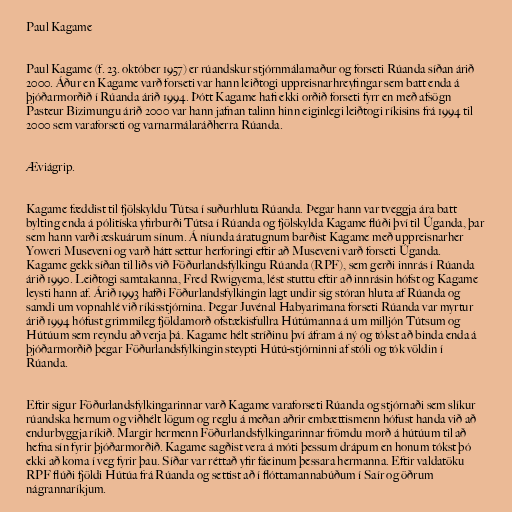
Paul Kagame

Paul Kagame (f. 23. október 1957) er rúandskur stjórnmálamaður og forseti Rúanda síðan árið
2000. Áður en Kagame varð forseti var hann leiðtogi uppreisnarhreyfingar sem batt enda á
þjóðarmorðið í Rúanda árið 1994. Þótt Kagame hafi ekki orðið forseti fyrr en með afsögn
Pasteur Bizimungu árið 2000 var hann jafnan talinn hinn eiginlegi leiðtogi ríkisins frá 1994 til
2000 sem varaforseti og varnarmálaráðherra Rúanda.

Æviágrip.

Kagame fæddist til fjölskyldu Tútsa í suðurhluta Rúanda. Þegar hann var tveggja ára batt
bylting enda á pólitíska yfirburði Tútsa í Rúanda og fjölskylda Kagame flúði því til Úganda, þar
sem hann varði æskuárum sínum. Á níunda áratugnum barðist Kagame með uppreisnarher
Yoweri Museveni og varð hátt settur herforingi eftir að Museveni varð forseti Úganda.
Kagame gekk síðan til liðs við Föðurlandsfylkingu Rúanda (RPF), sem gerði innrás í Rúanda
árið 1990. Leiðtogi samtakanna, Fred Rwigyema, lést stuttu eftir að innrásin hófst og Kagame
leysti hann af. Árið 1993 hafði Föðurlandsfylkingin lagt undir sig stóran hluta af Rúanda og
samdi um vopnahlé við ríkisstjórnina. Þegar Juvénal Habyarimana forseti Rúanda var myrtur
árið 1994 hófust grimmileg fjöldamorð ofstækisfullra Hútúmanna á um milljón Tútsum og
Hútúum sem reyndu að verja þá. Kagame hélt stríðinu því áfram á ný og tókst að binda enda á
þjóðarmorðið þegar Föðurlandsfylkingin steypti Hútú-stjórninni af stóli og tók völdin í
Rúanda.

Eftir sigur Föðurlandsfylkingarinnar varð Kagame varaforseti Rúanda og stjórnaði sem slíkur
rúandska hernum og viðhélt lögum og reglu á meðan aðrir embættismenn hófust handa við að
endurbyggja ríkið. Margir hermenn Föðurlandsfylkingarinnar frömdu morð á hútúum til að
hefna sín fyrir þjóðarmorðið. Kagame sagðist vera á móti þessum drápum en honum tókst þó
ekki að koma í veg fyrir þau. Síðar var réttað yfir fáeinum þessara hermanna. Eftir valdatöku
RPF flúði fjöldi Hútúa frá Rúanda og settist að í flóttamannabúðum í Saír og öðrum
nágrannaríkjum.